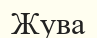
Жува